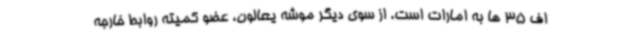
اف 35 ها به امارات است. از سوی دیگر موشه یعالون، عضو کمیته روابط خارجه